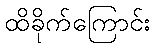
ထိခိုက်ကြောင်း